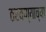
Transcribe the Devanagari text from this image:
ठरवण्याच्या